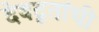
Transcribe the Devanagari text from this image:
देवदूतांची